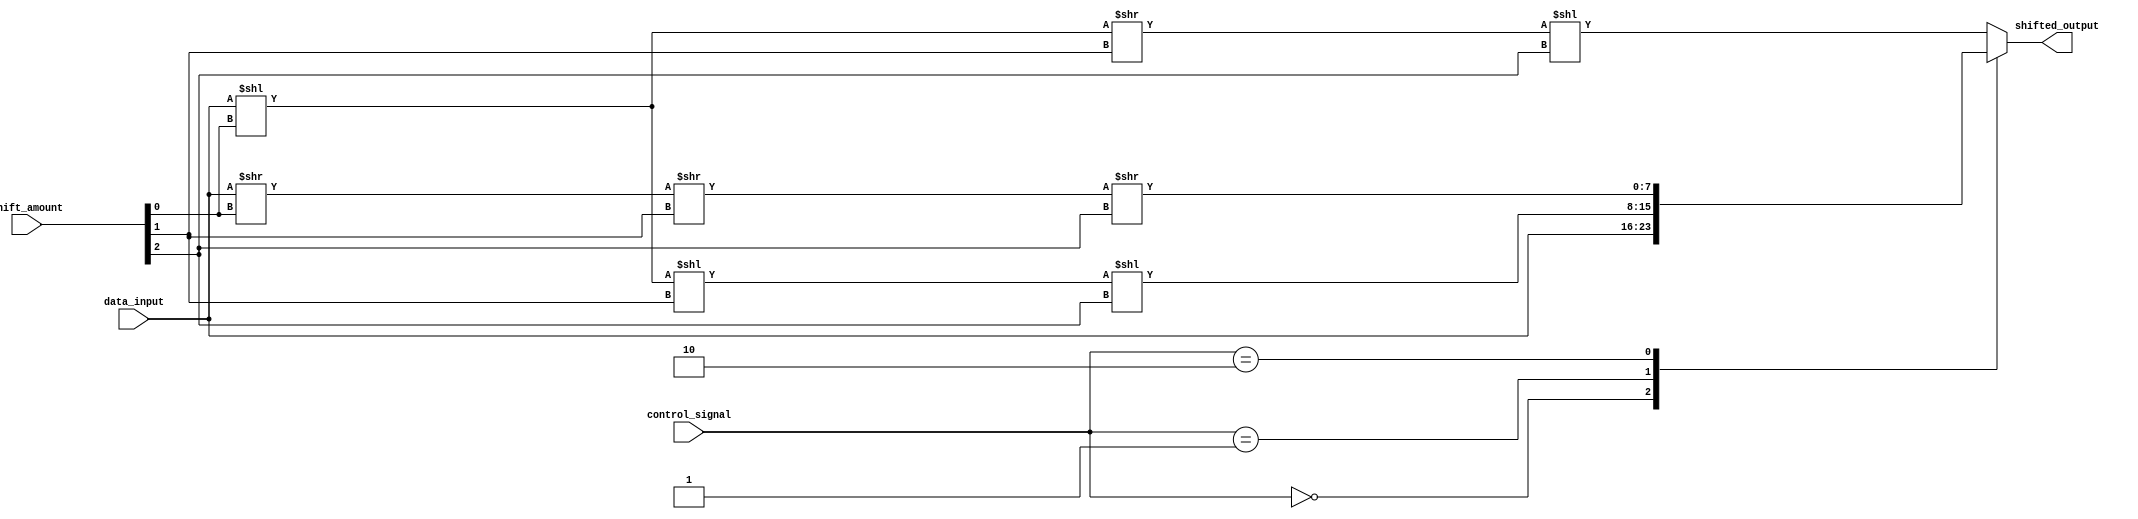
module hybrid_barrel_shifter (
    input wire [7:0] data_input,
    input wire [2:0] shift_amount,
    input wire [1:0] control_signal,
    output reg [7:0] shifted_output
);

// Define arithmetic blocks for shifting operations
reg [7:0] shift_1, shift_2, shift_3;

always @* begin
    case (control_signal)
        2'b00: begin // No shift
            shifted_output = data_input;
        end
        2'b01: begin // Shift left
            shift_1 = data_input << shift_amount[0];
            shift_2 = shift_1 << shift_amount[1];
            shift_3 = shift_2 << shift_amount[2];
            shifted_output = shift_3;
        end
        2'b10: begin // Shift right
            shift_1 = data_input >> shift_amount[0];
            shift_2 = shift_1 >> shift_amount[1];
            shift_3 = shift_2 >> shift_amount[2];
            shifted_output = shift_3;
        end
        default: begin // Combination of both left and right shifts
            shift_1 = data_input << shift_amount[0];
            shift_2 = shift_1 >> shift_amount[1];
            shift_3 = shift_2 << shift_amount[2];
            shifted_output = shift_3;
        end
    endcase
end

endmodule